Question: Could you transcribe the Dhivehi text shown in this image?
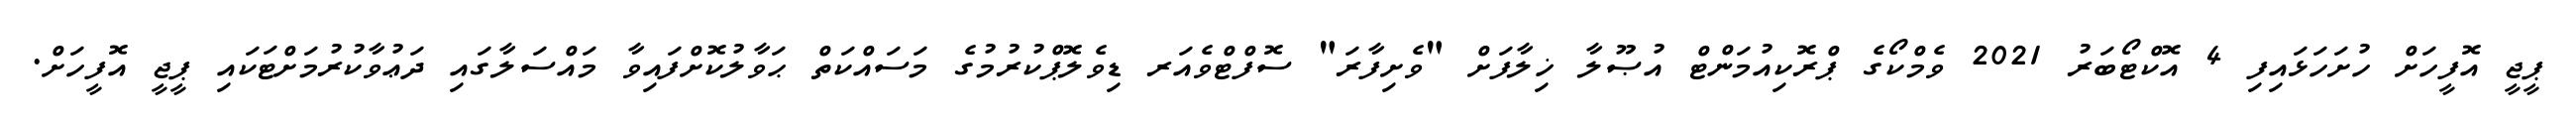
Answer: ޕީޖީ އޮފީހަށް ހުށަހަޅައިފި 4 އޮކްޓޯބަރު 2021 ވެމްކޯގެ ޕްރޮކިއުމަންޓް އުޞޫލާ ޚިލާފަށް "ވެށިފާރަ" ސޮފްޓްވެއަރ ޑިވެލޮޕްކުރުމުގެ މަސައްކަތް ޙަވާލުކޮށްފައިވާ މައްސަލާގައި ދަޢުވާކުރުމަށްޓަކައި ޕީޖީ އޮފީހަށް.